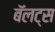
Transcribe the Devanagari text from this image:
बॅलट्स